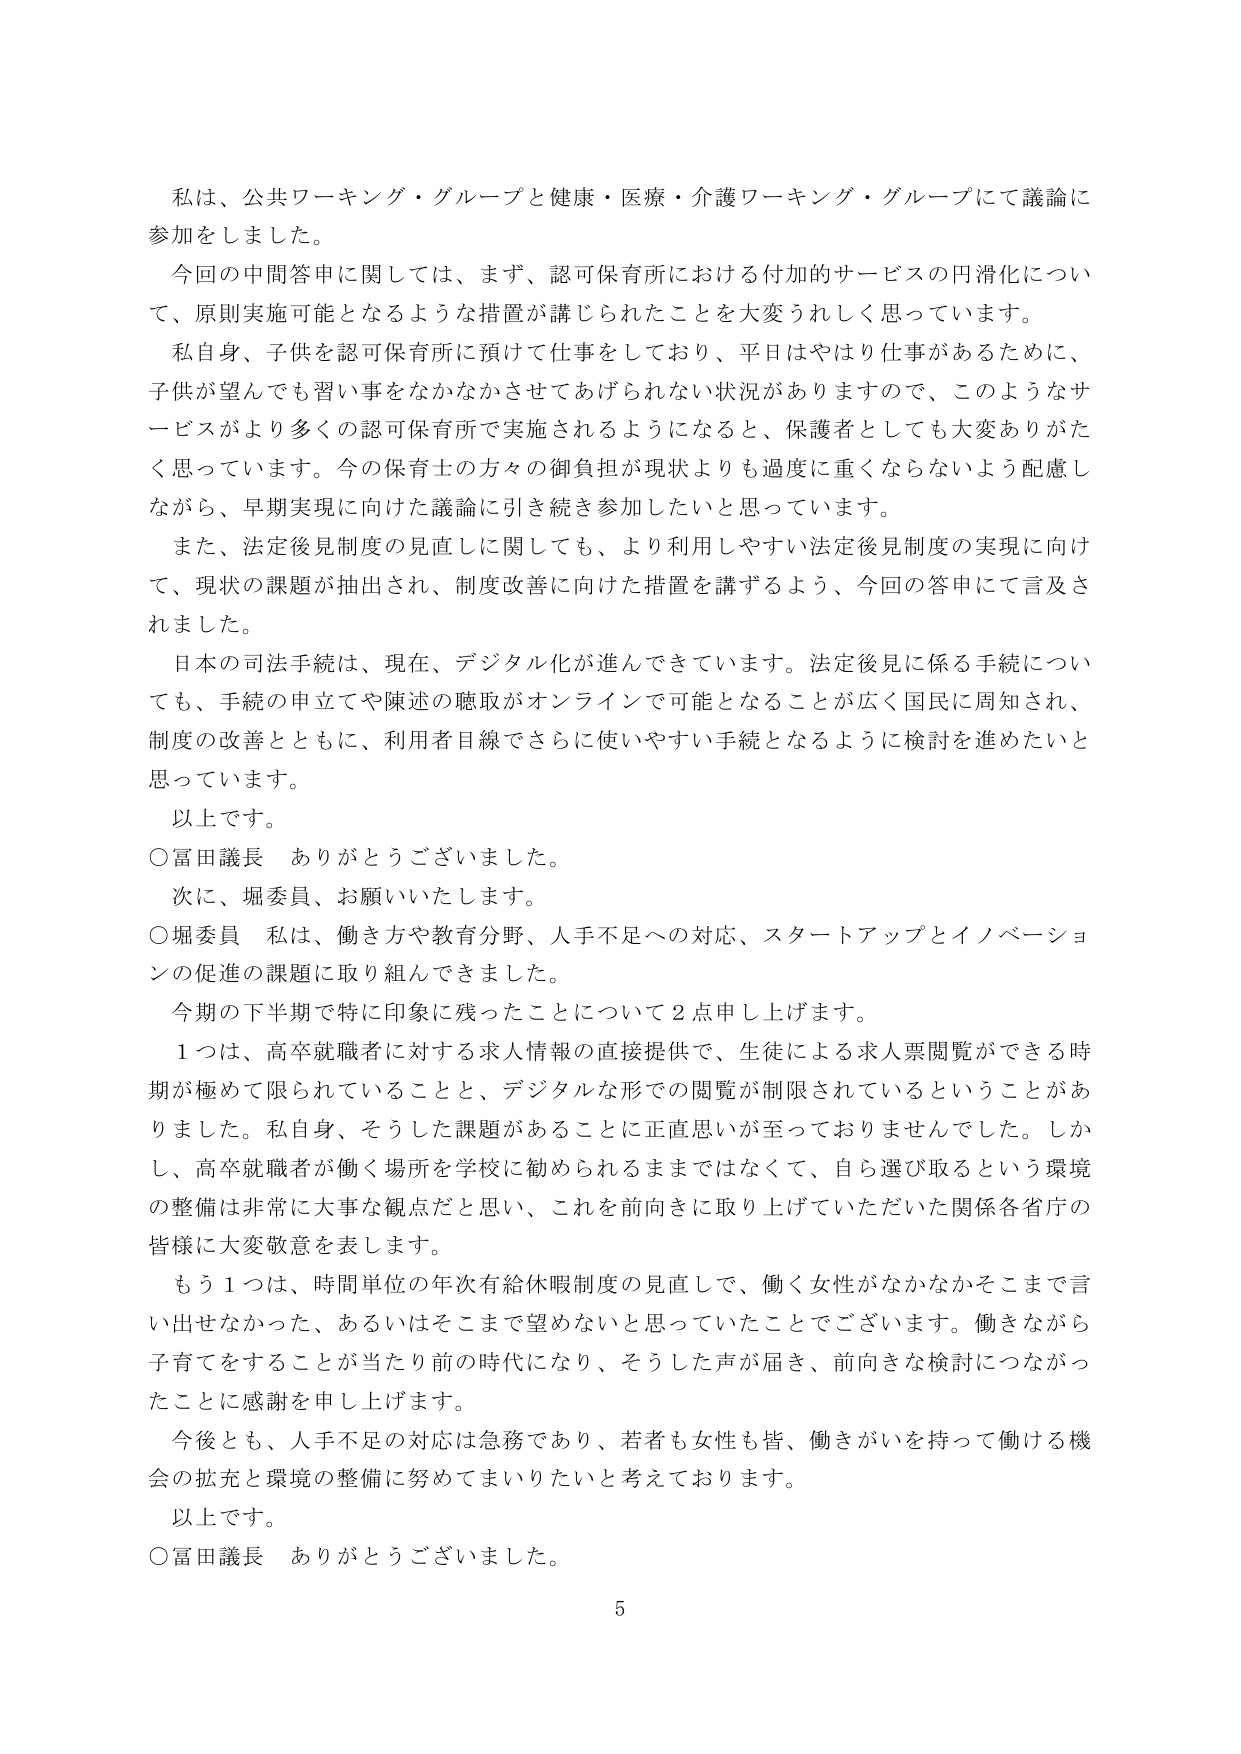
私は、公共ワーキング・グループと健康・医療・介護ワーキング・グループにて議論に参加をしました。

今回の中間答申に関しては、まず、認可保育所における付加的サービスの円滑化について、原則実施可能となるような措置が講じられたことを大変うれしく思っています。

私自身、子供を認可保育所に預けて仕事をしており、平日はやはり仕事があるために、子供が望んでも習い事をなかなかさせてあげられない状況がありますので、このようなサービスがより多くの認可保育所で実施されるようになると、保護者としても大変ありがたく思っています。今の保育士の方々の御負担が現状よりも過度に重くならないよう配慮しながら、早期実現に向けた議論に引き続き参加したいと思っています。

また、法定後見制度の見直しに関しても、より利用しやすい法定後見制度の実現に向けて、現状の課題が抽出され、制度改善に向けた措置を講ずるよう、今回の答申にて言及されました。

日本の司法手続は、現在、デジタル化が進んできています。法定後見に係る手続についても、手続の申立てや陳述の聴取がオンラインで可能となることが広く国民に周知され、制度の改善とともに、利用者目線でさらに使いやすい手続となるように検討を進めたいと思っています。

以上です。

○富田議長　ありがとうございました。

次に、堀委員、お願いいたします。

○堀委員　私は、働き方や教育分野、人手不足への対応、スタートアップとイノベーションの促進の課題に取り組んできました。

今期の下半期で特に印象に残ったことについて2点申し上げます。

1つは、高卒就職者に対する求人情報の直接提供で、生徒による求人票閲覧ができる時期が極めて限られていることと、デジタルな形での閲覧が制限されているということがありました。私自身、そうした課題があることに正直思いが至っておりませんでした。しかし、高卒就職者が働く場所を学校に勧められるままではなくて、自ら選び取るという環境の整備は非常に大事な観点だと思い、これを前向きに取り上げていただいた関係各省庁の皆様に大変敬意を表します。

もう1つは、時間単位の年次有給休暇制度の見直しで、働く女性がなかなかそこまで言い出せなかった、あるいはそこまで望めないと思っていたことでございます。働きながら子育てをすることが当たり前前の時代になり、そうした声が届き、前向きな検討につながったことに感謝を申し上げます。

今後とも、人手不足の対応は急務であり、若者も女性も皆、働きがいを持って働ける機会の拡充と環境の整備に努めてまいりたいと考えております。

以上です。

○富田議長　ありがとうございました。

5